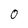
Character: 0